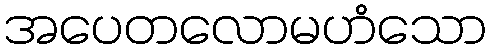
အပေတလောမဟံသော